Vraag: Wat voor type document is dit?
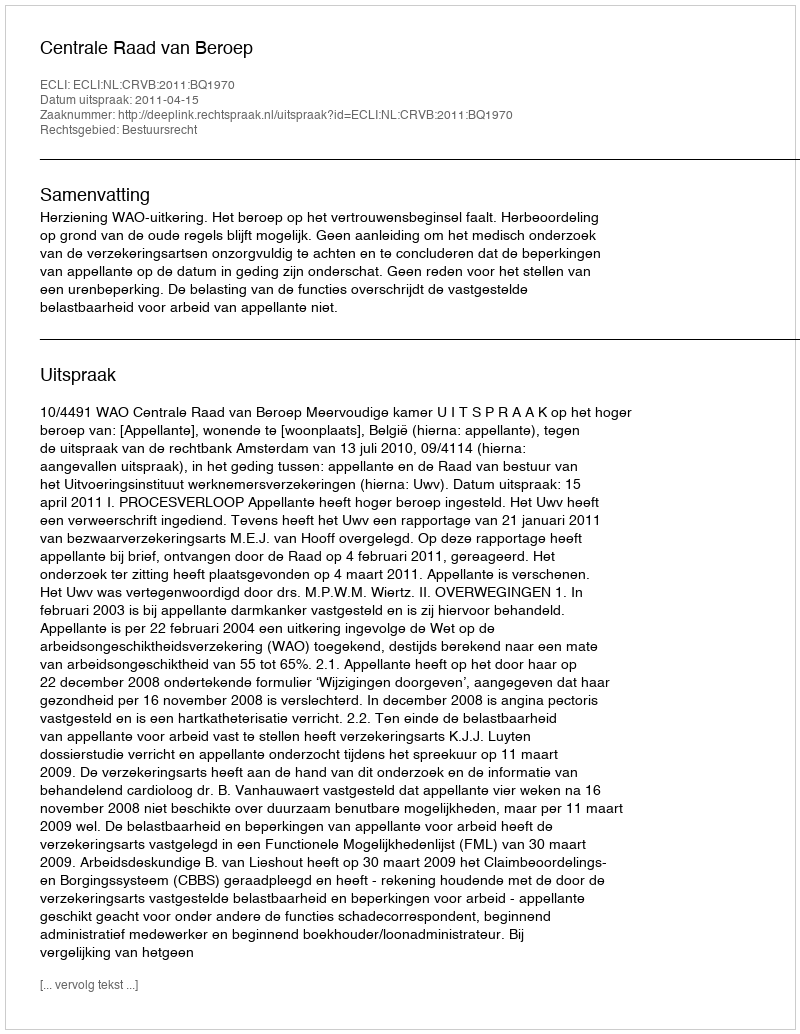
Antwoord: Uitspraak